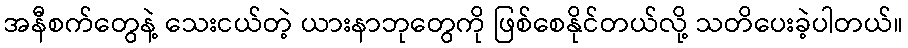
အနီစက်တွေနဲ့ သေးငယ်တဲ့ ယားနာဘုတွေကို ဖြစ်စေနိုင်တယ်လို့ သတိပေးခဲ့ပါတယ်။